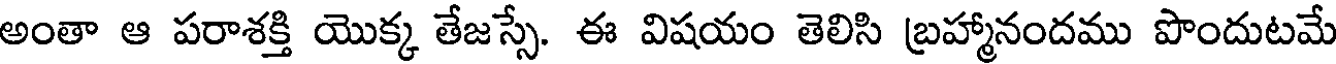
అంతా ఆ పరాశక్తి యొక్క తేజస్సే. ఈ విషయం తెలిసి బ్రహ్మానందము పొందుటమే